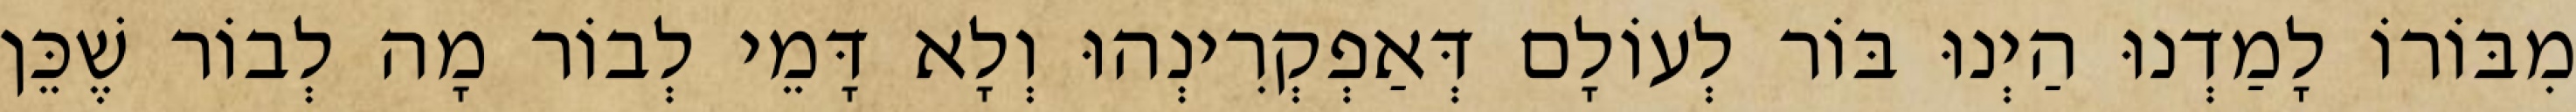
מִבּוֹרוֹ לָמַדְנוּ הַיְנוּ בּוֹר לְעוֹלָם דְּאַפְקְרִינְהוּ וְלָא דָּמֵי לְבוֹר מָה לְבוֹר שֶׁכֵּן